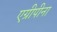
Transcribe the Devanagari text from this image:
एग्रीपीना